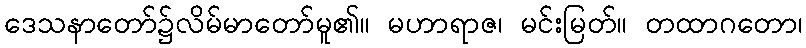
ဒေသနာတော်၌လိမ်မာတော်မူ၏။ မဟာရာဇ၊ မင်းမြတ်။ တထာဂတော၊